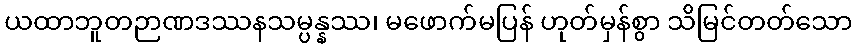
ယထာဘူတဉာဏဒဿနသမ္ပန္နဿ၊ မဖောက်မပြန် ဟုတ်မှန်စွာ သိမြင်တတ်သော